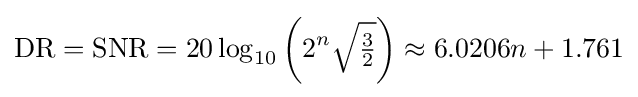
\mathrm {DR} =\mathrm {SNR} =20\log _{10}{\left(2^{n}{\sqrt {\tfrac {3}{2}}}\right)}\approx 6.0206n+1.761